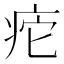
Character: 㾃